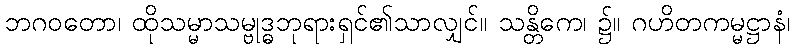
ဘဂဝတော၊ ထိုသမ္မာသမ္ဗုဒ္ဓဘုရားရှင်၏သာလျှင်။ သန္တိကေ၊ ၌။ ဂဟိတကမ္မဋ္ဌာနံ၊